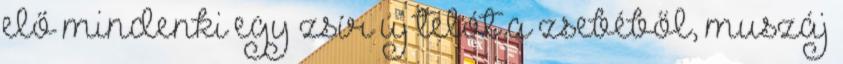
elő mindenki egy zsír új telót a zsebéből, muszáj